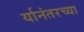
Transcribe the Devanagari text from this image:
र्यानंतरच्या